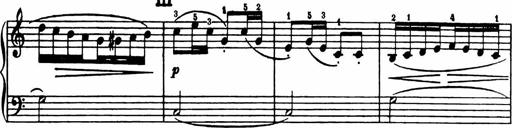
Title: Analytical Sonatinas
Composer: Frank Lynes